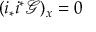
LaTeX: ( i _ { * } i ^ { * } { \mathcal { G } } ) _ { x } = 0